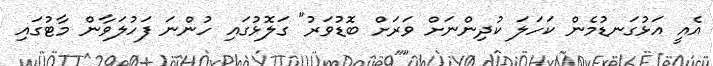
އެއީ އަޅުގަނޑުމެން ކަހަލަ ކުދިންނަށް ވަރަށް ބޮޑުވަރު" ގަލޮޅުގައި ހުންނަ ފަހުލަވާން މާޓުގައި